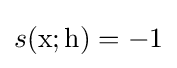
s(\mathrm {x} ;\mathrm {h} )=-1